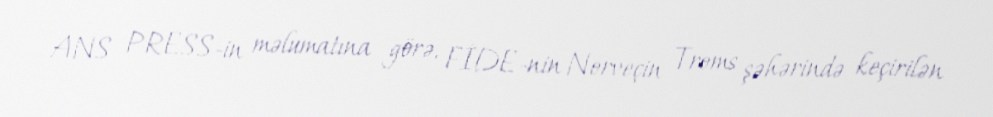
ANS PRESS-in məlumatına görə, FİDE-nin Norveçin Troms şəhərində keçirilən